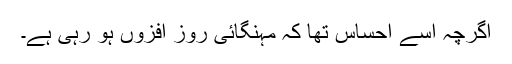
اگرچہ اسے احساس تھا کہ مہنگائی روز افزوں ہو رہی ہے۔